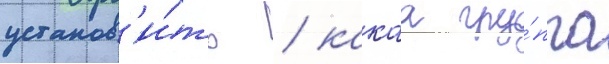
установ'и́ть / какаа гру́ппа